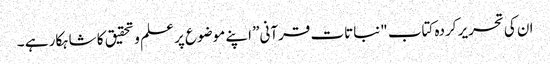
ان کی تحریر کردہ کتاب "نباتات قرآنی” اپنے موضوع پر علم و تحقیق کا شاہکار ہے ۔